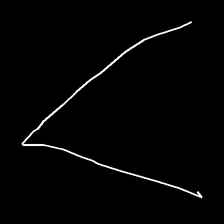
Glyph: region